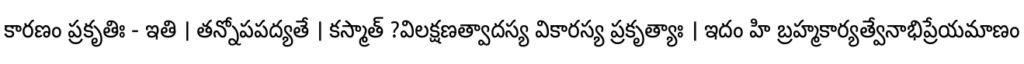
కారణం ప్రకృతిః - ఇతి । తన్నోపపద్యతే । కస్మాత్ ?విలక్షణత్వాదస్య వికారస్య ప్రకృత్యాః । ఇదం హి బ్రహ్మకార్యత్వేనాభిప్రేయమాణం